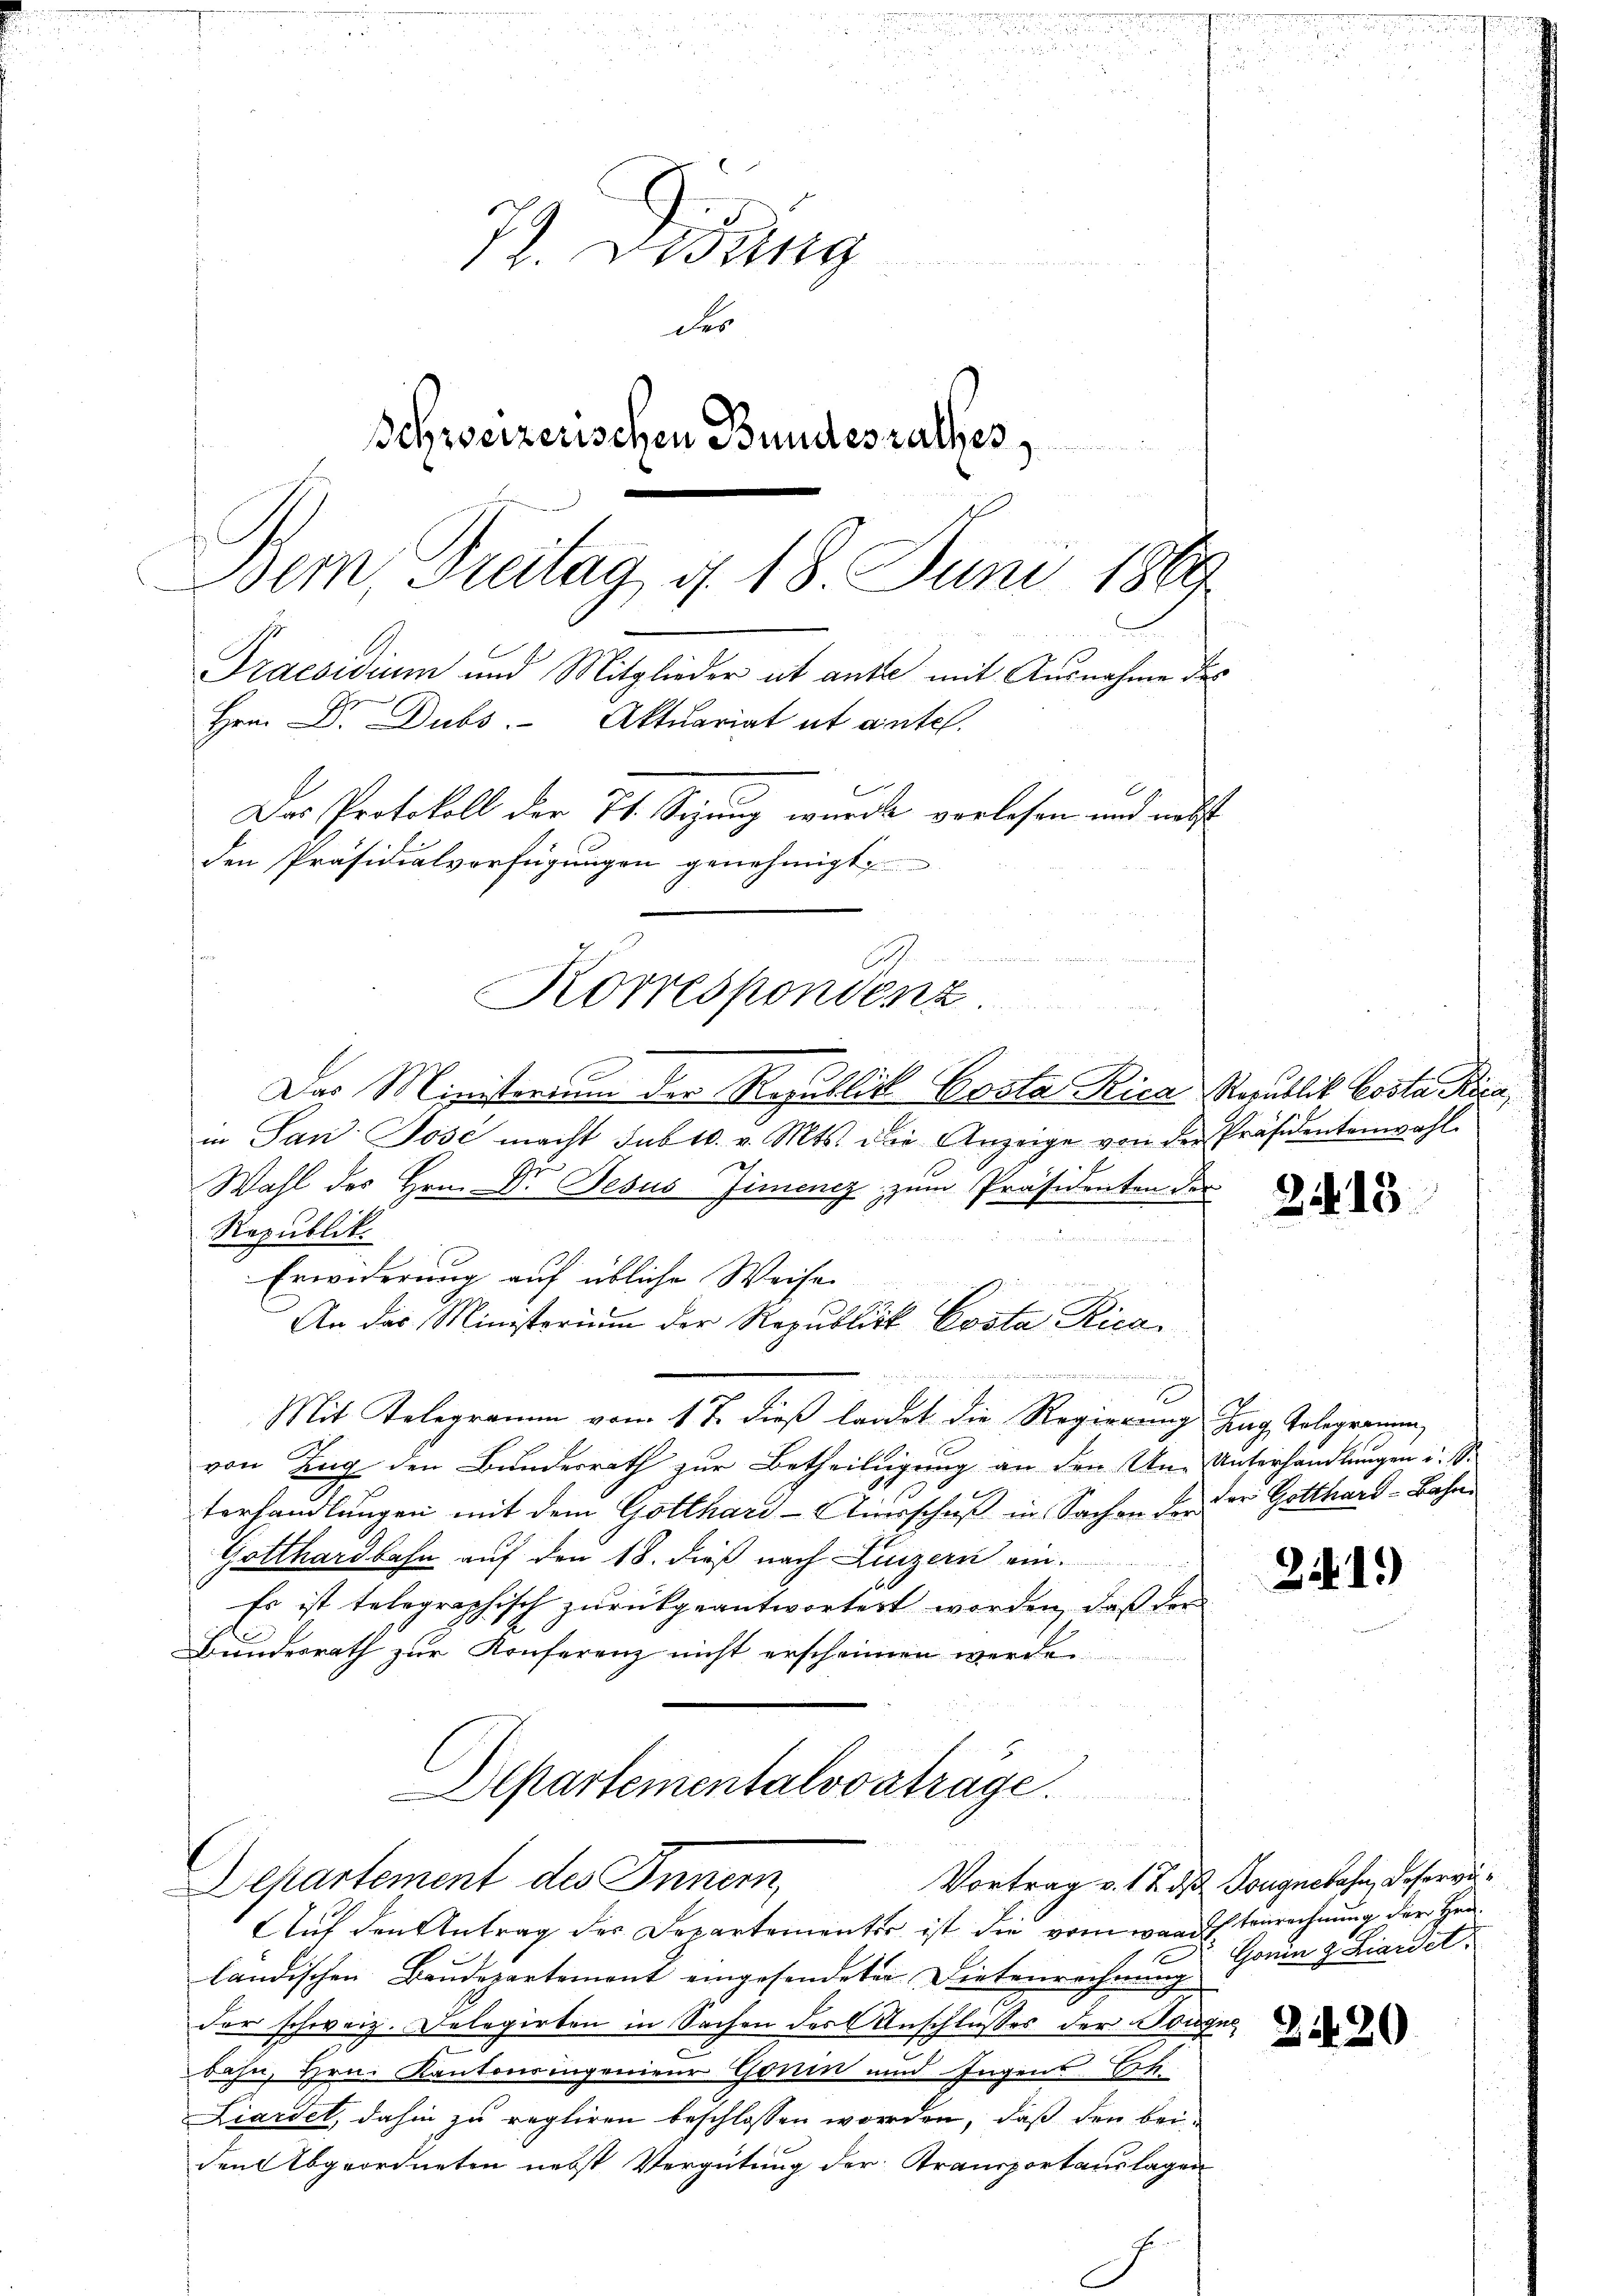
72. Didung
der
Schweizerischen Bundesrathes,
Bem, Freitag, d. 18. Juni 1889
Praesidium und Mitglieder et ante mit Ausnahme des
Hrn. Dr. Dubs Aktuariat et antes.
Das Protokoll der Ts. Sizung wurde vorlesen und nebst
den Präsidialverfügungen genehmigt.

Korrespondenz.

Das Ministerium der Republick Costa Rica Republik Costa Rica,
in San Jose macht sub 10. v. Mts. die Anzeige von der Präsidentenwahl
Wahl des Hrn. Dr. Jesus Zimenez zum Präsidenten der
Republik.

Erwiderung auf übliche Weise
u
An der Ministerium der Republick Costa Ricag
Mit Telegramm vom 17. dieß langt die Regierung Zug, Polegrammen,
von Zug den Bundesrath zur Betheiligung an den Un-Unterhandlungen u. S.
terhandlungen mit dem Gotthard-Ausschuß in Sachen der
Gotthardbahn auf den 18. dieß nach Luzern ein.
Es ist telegraphisch zurükgeantwortert worden, daß der
Bundesrath zur Konferenz nicht erscheinen werden
Departementalvorträge.
Departement des Innern,
Auf den Antrag des Departementer ist die vom war terrechnung der Herländischen Baŭdepartement eingesendeten Dietenrechnung Gauen z. Landet.
der schweiz. Delegirten in Sachen des Anschlusses der Bau
bahn, Hrn. Kantonsingenieur Gorin und Ingens Bek
Liardet, dahin zu regliren beschlossen worden, daß den bei-
den Abgeordneten nebst Vergütung der Transportauslagen

2

24. 15

der Gotthard-Bahn

251.

Vortrag v. 17. ds Jougnebahn, Deservi¬

2420